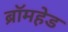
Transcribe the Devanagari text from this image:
ब्रॉमहेड